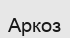
Аркоз